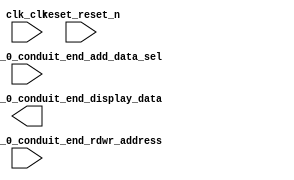

module ahb_master_slave_with_qsys_bfm (
	clk_clk,
	reset_reset_n,
	ahb_master_slave_2_0_conduit_end_add_data_sel,
	ahb_master_slave_2_0_conduit_end_display_data,
	ahb_master_slave_2_0_conduit_end_rdwr_address);	

	input		clk_clk;
	input		reset_reset_n;
	input		ahb_master_slave_2_0_conduit_end_add_data_sel;
	output	[31:0]	ahb_master_slave_2_0_conduit_end_display_data;
	input	[15:0]	ahb_master_slave_2_0_conduit_end_rdwr_address;
endmodule